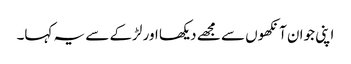
اپنی جوان آنکھوں سے مجھے دیکھا اور لڑکے سے یہ کہا۔